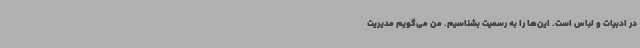
در ادبیات و لباس است. این‌ها را به رسمیت بشناسیم. من می‌گویم مدیریت